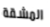
المشقة